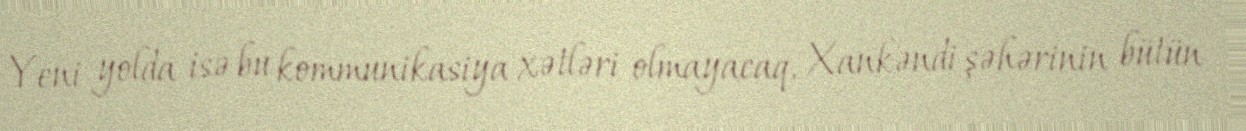
Yeni yolda isə bu kommunikasiya xətləri olmayacaq, Xankəndi şəhərinin bütün